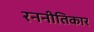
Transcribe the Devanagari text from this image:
रननीतिकार